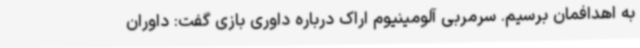
به اهدافمان برسیم. سرمربی آلومینیوم اراک درباره داوری بازی گفت: داوران